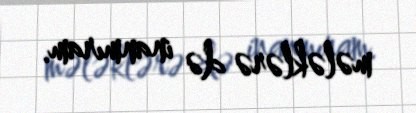
mələklərə də inanmıram.